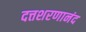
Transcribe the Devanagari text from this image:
दत्तशरणानंद